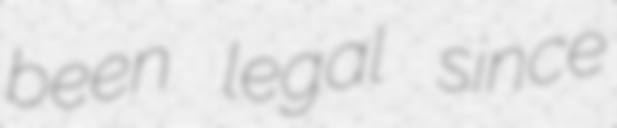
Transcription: been legal since